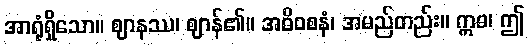
အာရုံရှိသော။ ဈာနဿ၊ ဈာန်၏။ အဓိဝစနံ၊ အမည်တည်း။ ဣဓ၊ ဤ